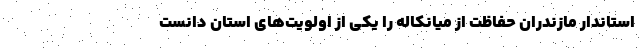
استاندار مازندران حفاظت از میانکاله را یکی از اولویت‌های استان دانست